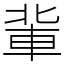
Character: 軰